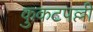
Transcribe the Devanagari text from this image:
कुकटपल्ली